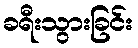
ခရီးသွားခြင်း